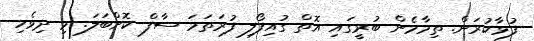
ފުޅާކުރަން. ތިމާމެން ބުރީގައި އޮތް ގުއިފޯލި ފުރަތަމަ ސާފް ކޮށްބަލަ. މި ދިވެހި